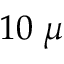
1 0 \; \mu